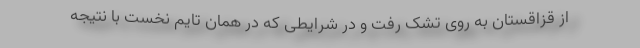
از قزاقستان به روی تشک رفت و در شرایطی که در همان تایم نخست با نتیجه